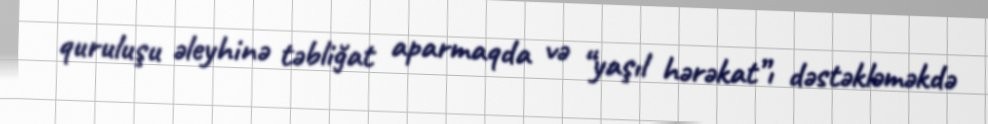
quruluşu əleyhinə təbliğat aparmaqda və “yaşıl hərəkat”ı dəstəkləməkdə